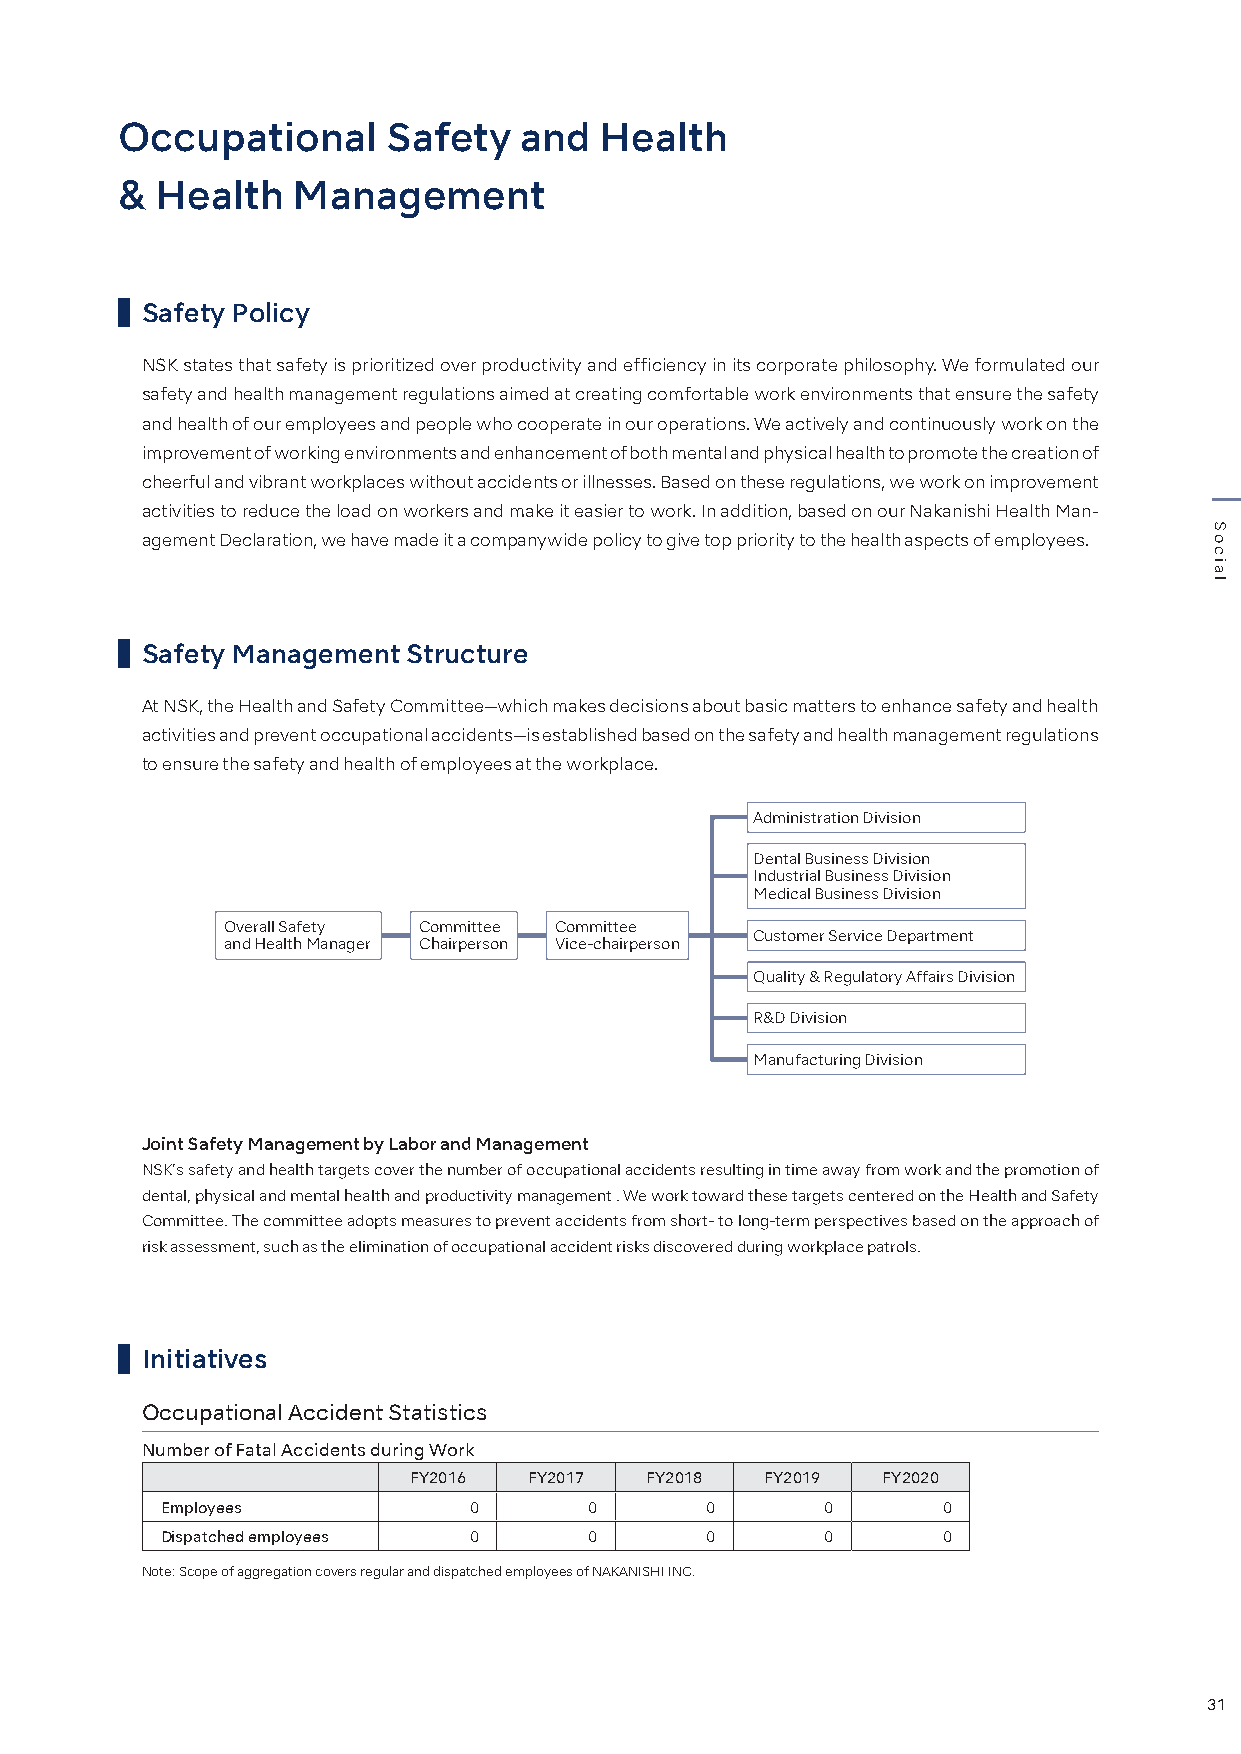
Occupational      Safety  and   Health
 & Health   Management
 Safety Policy
 NSK states that safety is prioritized over productivity and efficiency in its corporate philosophy. We formulated our
 safety and health management regulations aimed at creating comfortable work environments that ensure the safety
 and health of our employees and people who cooperate in our operations. We actively and continuously work on the
 improvement of working environments and enhancement of both mental and physical health to promote the creation of
 cheerful and vibrant workplaces without accidents or illnesses. Based on these regulations, we work on improvement
 activities to reduce the load on workers and make it easier to work. In addition, based on our Nakanishi Health Man-
 agement Declaration, we have made it a companywide policy to give top priority to the health aspects of employees.
 Safety Management Structure
 At NSK, the Health and Safety Committee—which makes decisions about basic matters to enhance safety and health
 activities and prevent occupational accidents—is established based on the safety and health management regulations
 to ensure the safety and health of employees at the workplace.
 Administration Division
 Dental Business Division
 Industrial Business Division
 Medical Business Division
 Overall Safety Committee Committee
 Customer Service Department
 and Health Manager Chairperson Vice-chairperson
 Quality & Regulatory Affairs Division
 R&D Division
 Manufacturing Division
 Joint Safety Management by Labor and Management
 NSK’s safety and health targets cover the number of occupational accidents resulting in time away from work and the promotion of
 dental, physical and mental health and productivity management . We work toward these targets centered on the Health and Safety
 Committee. The committee adopts measures to prevent accidents from short- to long-term perspectives based on the approach of
 risk assessment, such as the elimination of occupational accident risks discovered during workplace patrols.
 Initiatives
 Occupational Accident Statistics
 Number of Fatal Accidents during Work
 FY2016  FY2017  FY2018  FY2019 FY2020
 Employees           0       0       0       0      0
 Dispatched employees 0      0       0       0      0
 Note: Scope of aggregation covers regular and dispatched employees of NAKANISHI INC.
 31
 Social